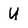
Character: U